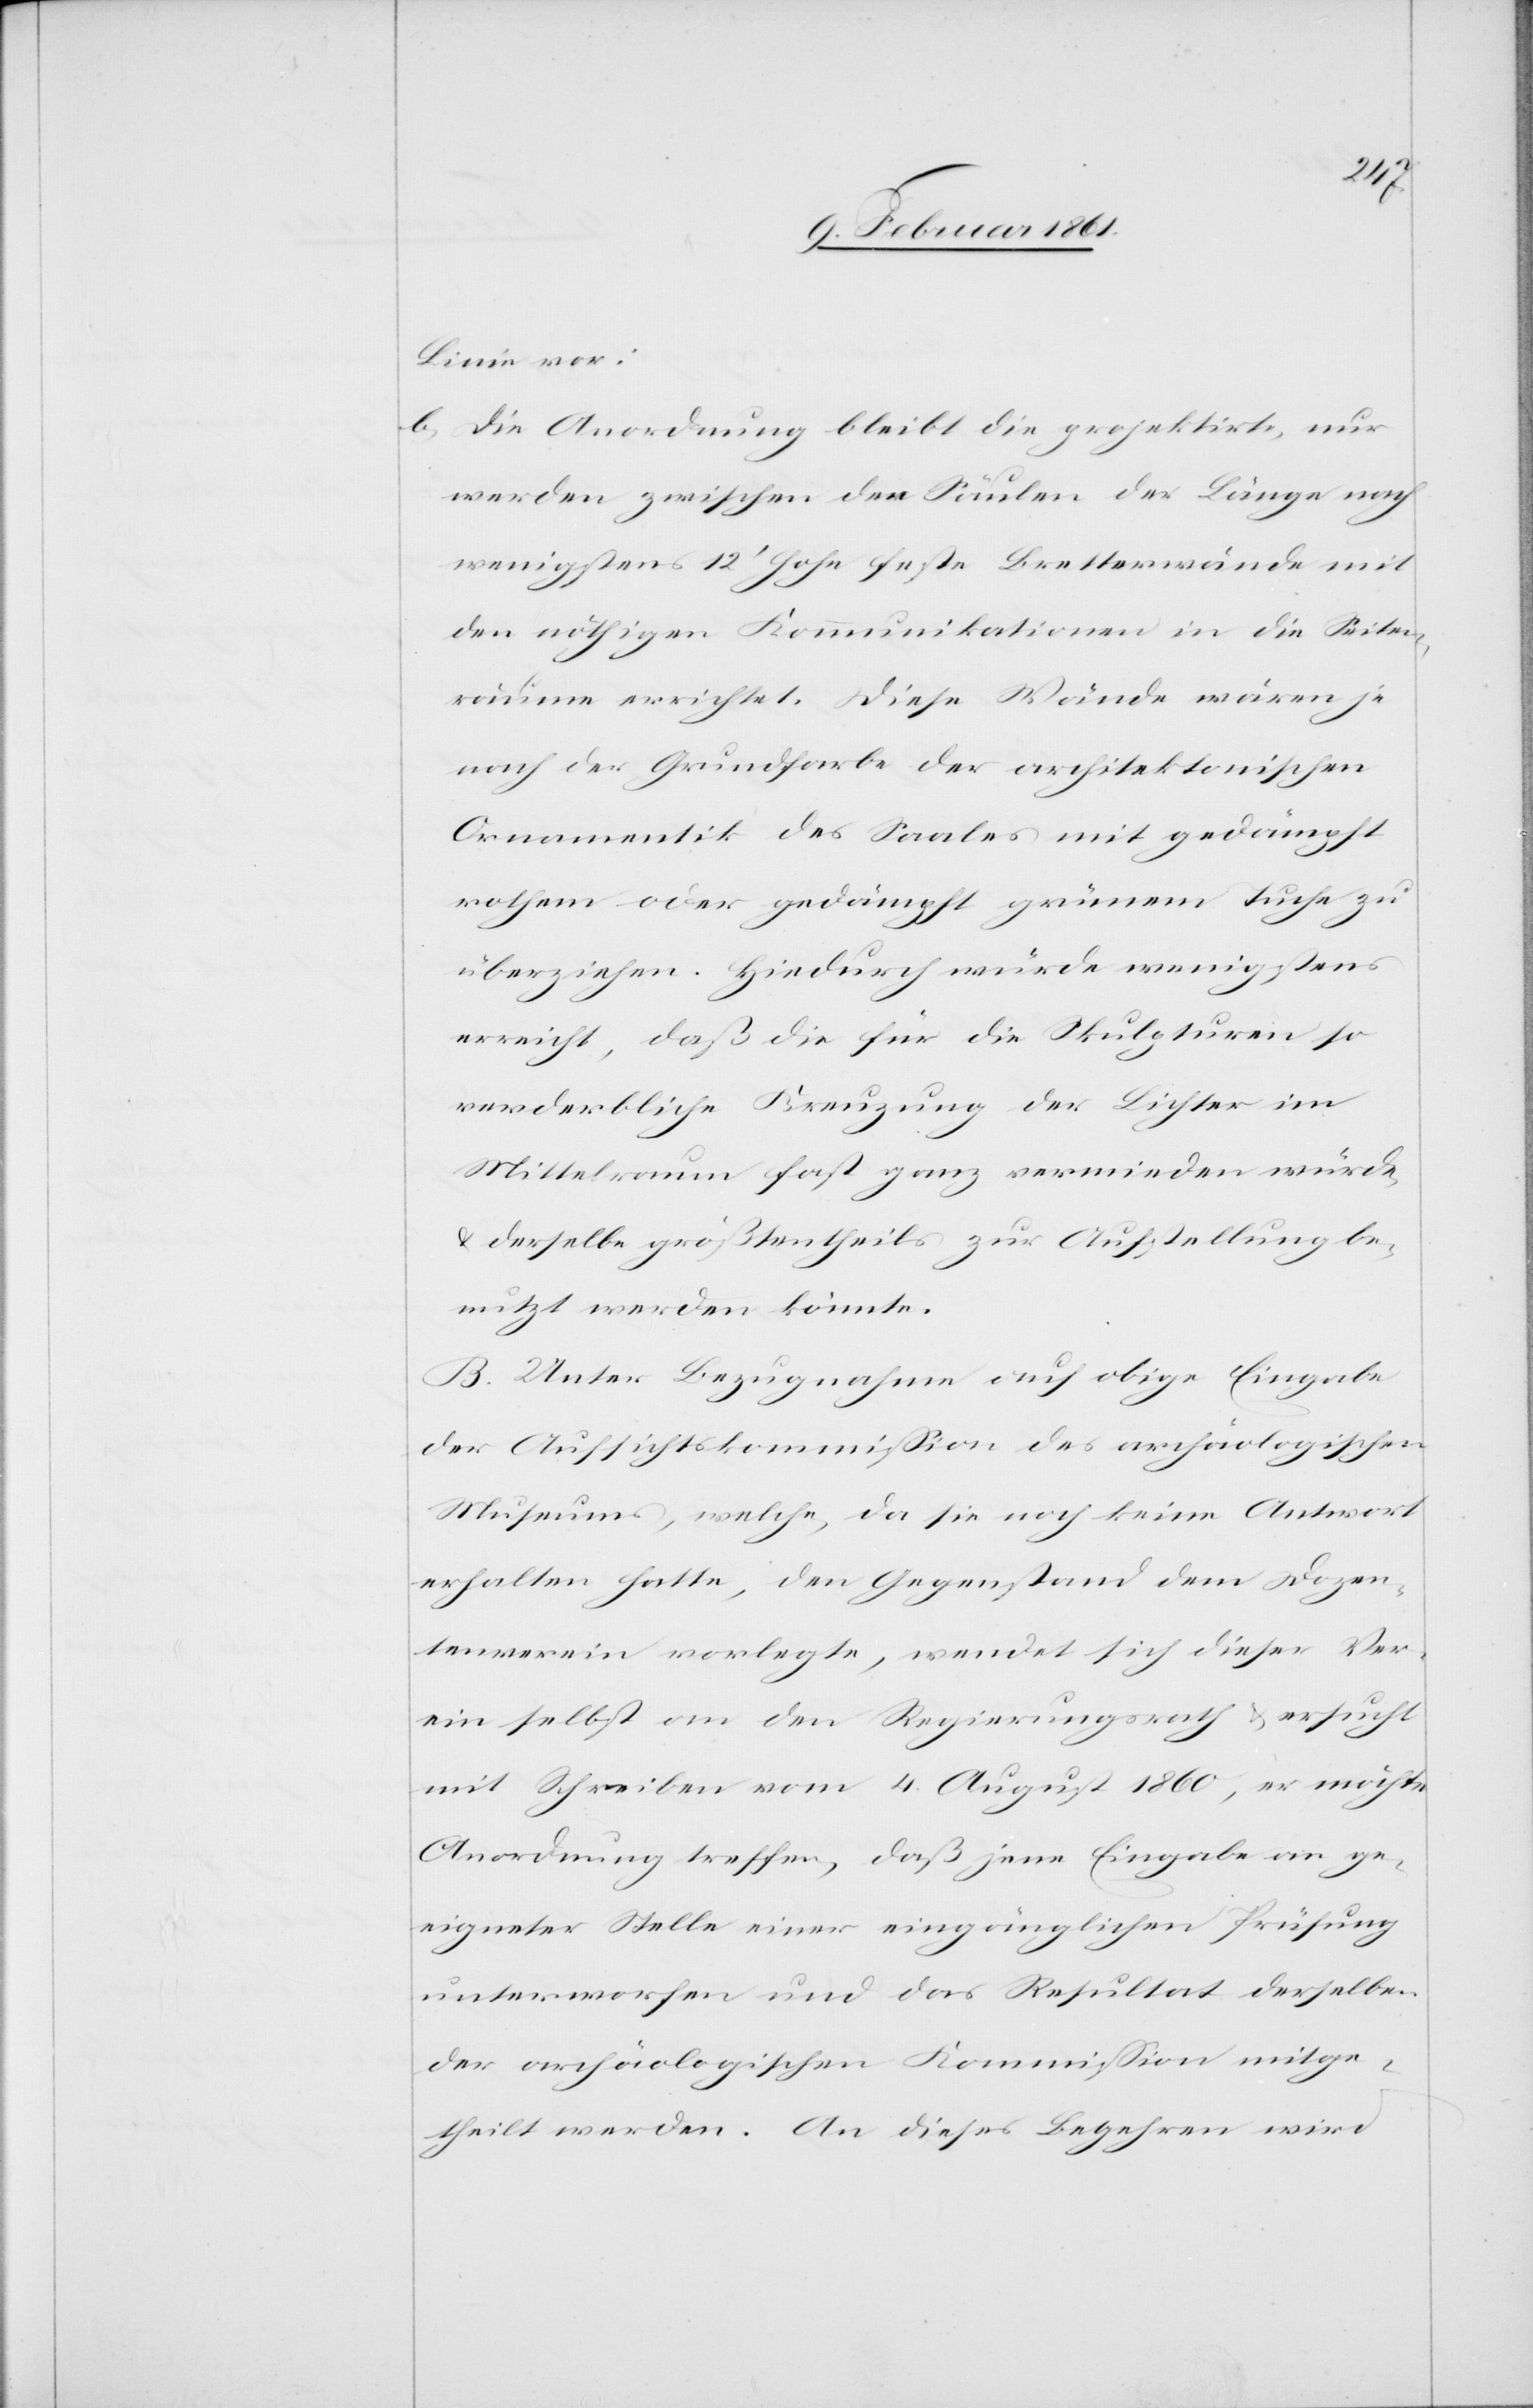
Linie vor:
b) Die Anordnung bleibt die projektirte, nur
werden zwischen den Säulen der Länge nach
wenigstens 12’ hohe feste Bretterwände mit
den nöthigen Kommunikationen in die Seiten¬
räume errichtet. Diese Wände wären je
nach der Grundfarbe der architektonischen
Ornamentik des Saales mit gedämpft
rothem oder gedämpft grünem Tuche zu
überziehen. Hiedurch würde wenigstens
erreicht, daß die für die Skulpturen so
verderbliche Kreuzung der Lichter im
Mittelraum fast ganz vermieden würde,
u. derselbe größtentheils zur Aufstellung be¬
nutzt werden könnte.
B. Unter Bezugnahme auf obige Eingabe
der Aufsichtskommission des archäologischen
Museums, welche, da sie noch keine Antwort
erhalten hatte, den Gegenstand dem Dozen¬
tenverein vorlegte, wendet sich dieser Ver¬
ein selbst an den Regierungsrath u. ersucht
mit Schreiben vom 4. August 1860, er möchte
Anordnung treffen, daß jene Eingabe an ge¬
eigneter Stelle einer eingänglichen Prüfung
unterworfen und das Resultat derselben
der archäologischen Kommission mitge¬
theilt werden. An dieses Begehren wird